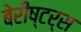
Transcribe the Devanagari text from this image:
बेरीष्टर्स